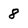
Character: 8